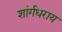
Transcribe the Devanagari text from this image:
शांर्गधराय